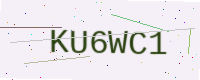
Text: KU6WC1